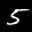
Digit: 5